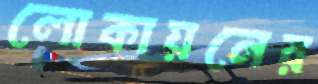
লোকায়নের